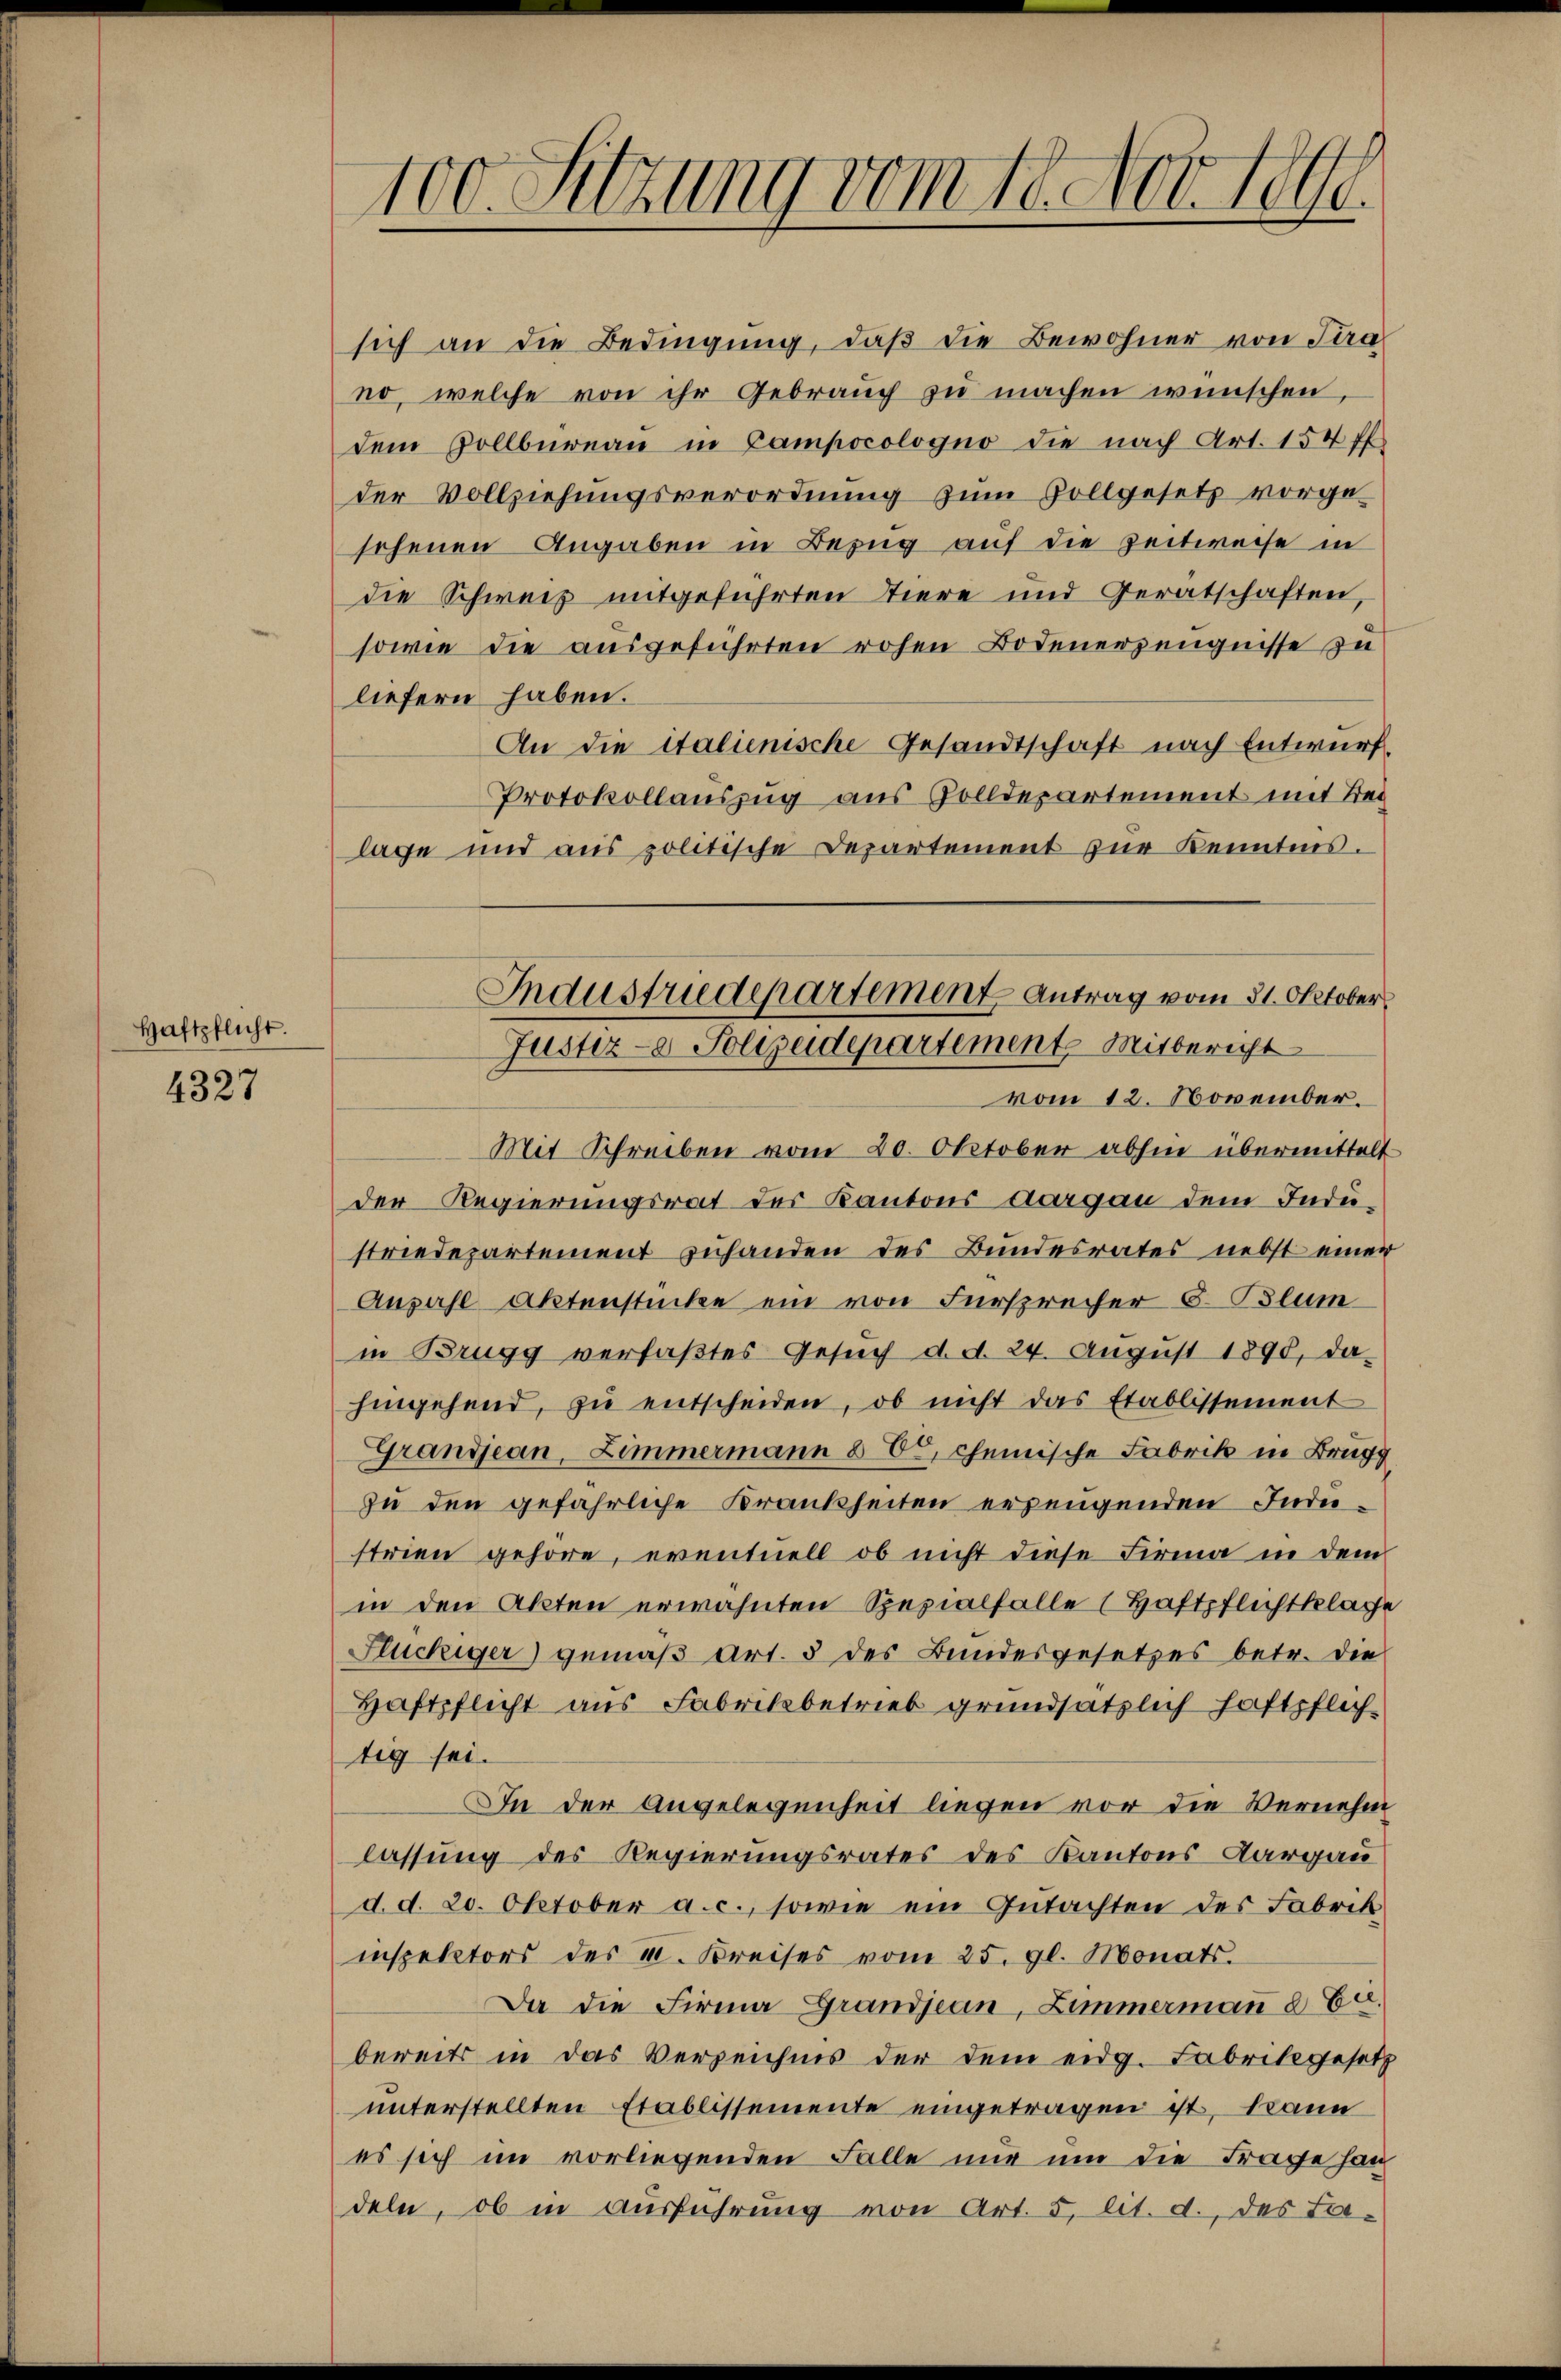
Haftpflicht.

4327

100. Sitzung vom 18. Nov. 1890.

sich an die Bedingung, daß die Bewohner von Stra
no, welche von ihr Gebrauch zu machen wünschen,
dem Zollbüreau in Campocologno die nach Art. 154 ff.
der Vollziehungsverordnung zŭm Zollgesetz vorge-
sehenen Angaben in Bezug auf die Zeitweise in
die Schweiz mitgeführten Tiere und Gerätschaften,
sowie die ausgeführten rohen Bodenerzeugnisse zu
liefern haben.
An die italienische Gesandtschaft nach Entwurf.
Protokollauszug aus Zolldepartement mit Bei
lage und aus politische Departement zŭr Kenntnis.
Mit Schreiben vom 20. Oktober abhin übermittelt
der Regierungsrat des Kantons Aargau dem Industriedepartement zuhanden des Bundesrates nebst einer
Anzahl Aktenstücke ein von Fürsprecher 3. Blum
in Brugg verfaßtes Gesuch d. d. 24. August 1898, da-
hingehend, zŭ entscheiden, ob nicht das Etablissement
Grandjean, Zimmermann § 6, chemische Fabrik in Brugg
zu den gefährliche Krankheiten erzeugenden Indi-
strien gehöre, eventuell ob nicht diese Firma in dem
in den Akten erwähnten Spezialfalle (Haftpflichtklage
Flückiger) gemäß Art. 5 des Bundesgesetzes betr. die
Haftpflicht aus Fabrikbetrieb grundsätzlich haftpfliche
tig sei.
In der Angelegenheit liegen vor die Vernehm
lassung des Regierungsrates des Kantons Aargau
d. d. 20. Oktober a. c., sowie ein Gutachten des Fabrik
inspektors der II. Kreises vom 25. gl. Monats.
Da die Firma Grandjean, Zimmermaṅ d E.
bereits in das Verzeichnis der dem eidg. Fabrikgesetz
unterstellten Etablissemente eingetragen ist, kann
es sich im vorliegenden Falle nur um die Frage han
deln, ob in ausführung von Art. 5, lit. d., des La-

Industriedepartement Antrag vom 31. Oktober
Justiz- & Polizeidepartemente Mitbericht
vom 12. November.